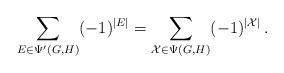
LaTeX: \begin{align*}\sum_{E\in\Psi'(G,H)}(-1)^{|E|}=\sum_{\mathcal{X}\in\Psi(G,H)}(-1)^{|\mathcal{X}|}\,.\end{align*}